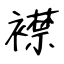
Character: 襟